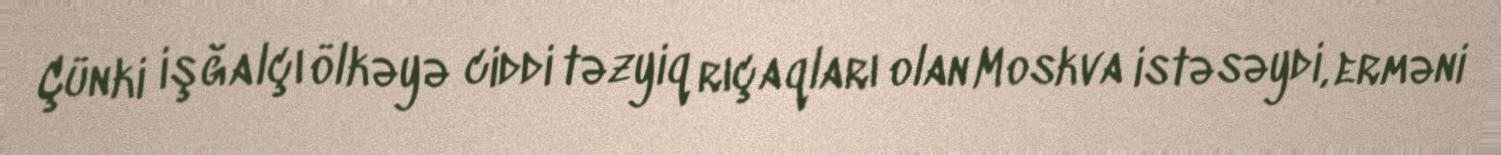
Çünki işğalçı ölkəyə ciddi təzyiq rıçaqları olan Moskva istəsəydi, erməni